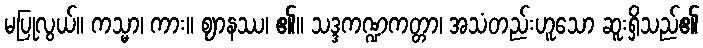
မပြုလွယ်။ ကသ္မာ၊ ကား။ ဈာနဿ၊ ၏။ သဒ္ဒကဏ္ဍကတ္တာ၊ အသံတည်းဟူသော ဆူးရှိသည်၏